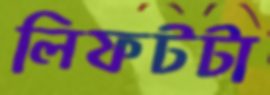
লিফটটা